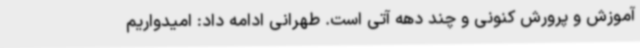
آموزش و پرورش کنونی و چند دهه آتی است. طهرانی ادامه داد: امیدواریم